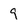
Character: 9